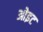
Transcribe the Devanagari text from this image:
ओइट